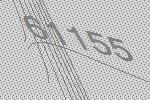
61155